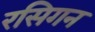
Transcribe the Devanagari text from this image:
रसिगन